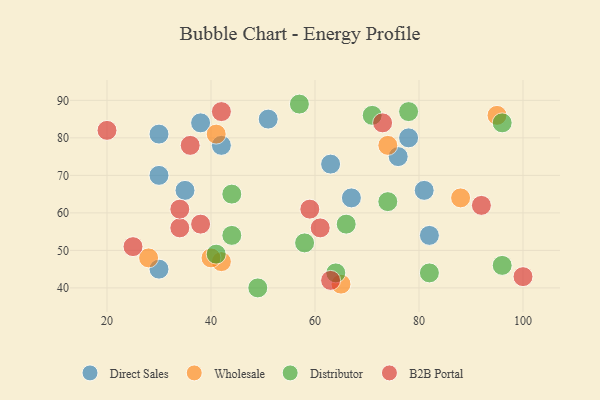
{"axis": {"x": "GDP", "y": "Life Expectancy"}, "legend": ["B2B Portal", "Direct Sales", "Distributor", "Wholesale"], "data": [{"x": "78", "y": 80, "type": "Direct Sales"}, {"x": "42", "y": 78, "type": "Direct Sales"}, {"x": "51", "y": 85, "type": "Direct Sales"}, {"x": "81", "y": 66, "type": "Direct Sales"}, {"x": "63", "y": 73, "type": "Direct Sales"}, {"x": "30", "y": 45, "type": "Direct Sales"}, {"x": "76", "y": 75, "type": "Direct Sales"}, {"x": "35", "y": 66, "type": "Direct Sales"}, {"x": "67", "y": 64, "type": "Direct Sales"}, {"x": "30", "y": 81, "type": "Direct Sales"}, {"x": "82", "y": 54, "type": "Direct Sales"}, {"x": "38", "y": 84, "type": "Direct Sales"}, {"x": "30", "y": 70, "type": "Direct Sales"}, {"x": "88", "y": 64, "type": "Wholesale"}, {"x": "28", "y": 48, "type": "Wholesale"}, {"x": "41", "y": 81, "type": "Wholesale"}, {"x": "42", "y": 47, "type": "Wholesale"}, {"x": "74", "y": 78, "type": "Wholesale"}, {"x": "40", "y": 48, "type": "Wholesale"}, {"x": "65", "y": 41, "type": "Wholesale"}, {"x": "95", "y": 86, "type": "Wholesale"}, {"x": "82", "y": 44, "type": "Distributor"}, {"x": "58", "y": 52, "type": "Distributor"}, {"x": "74", "y": 63, "type": "Distributor"}, {"x": "66", "y": 57, "type": "Distributor"}, {"x": "96", "y": 46, "type": "Distributor"}, {"x": "49", "y": 40, "type": "Distributor"}, {"x": "64", "y": 44, "type": "Distributor"}, {"x": "71", "y": 86, "type": "Distributor"}, {"x": "41", "y": 49, "type": "Distributor"}, {"x": "44", "y": 54, "type": "Distributor"}, {"x": "78", "y": 87, "type": "Distributor"}, {"x": "96", "y": 84, "type": "Distributor"}, {"x": "57", "y": 89, "type": "Distributor"}, {"x": "44", "y": 65, "type": "Distributor"}, {"x": "20", "y": 82, "type": "B2B Portal"}, {"x": "61", "y": 56, "type": "B2B Portal"}, {"x": "63", "y": 42, "type": "B2B Portal"}, {"x": "59", "y": 61, "type": "B2B Portal"}, {"x": "92", "y": 62, "type": "B2B Portal"}, {"x": "34", "y": 56, "type": "B2B Portal"}, {"x": "100", "y": 43, "type": "B2B Portal"}, {"x": "42", "y": 87, "type": "B2B Portal"}, {"x": "34", "y": 61, "type": "B2B Portal"}, {"x": "38", "y": 57, "type": "B2B Portal"}, {"x": "73", "y": 84, "type": "B2B Portal"}, {"x": "36", "y": 78, "type": "B2B Portal"}, {"x": "25", "y": 51, "type": "B2B Portal"}]}